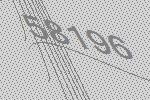
58196